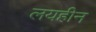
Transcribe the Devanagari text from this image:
लयहीन